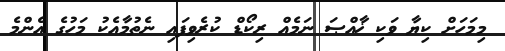
މިމަހަށް ކިޔާ ވަކި ޚާއްޞަ ނަމެއް ރިކޯޑް ކުރެވިފައި ނެތުމާއެކު މަހުގެ އެންމެ